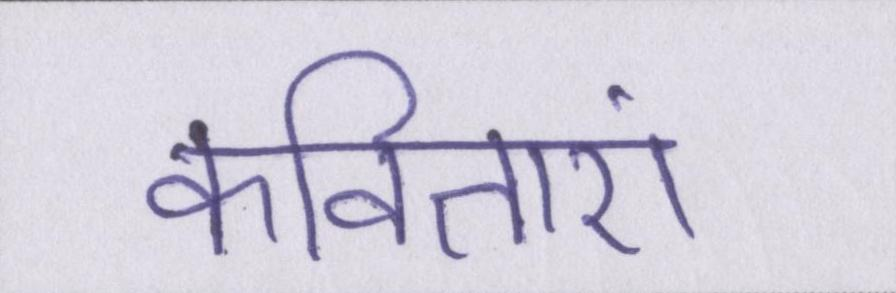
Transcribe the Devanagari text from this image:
कविताएं